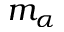
m _ { \alpha }